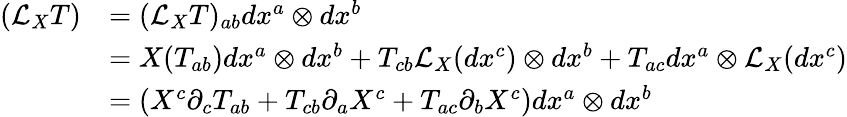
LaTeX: {\begin{array}{rl}{({\mathcal{L}}_{X}T)}&{=({\mathcal{L}}_{X}T)_{ab}dx^{a}\otimes dx^{b}}\\ &{=X(T_{ab})dx^{a}\otimes dx^{b}+T_{cb}{\mathcal{L}}_{X}(dx^{c})\otimes dx^{b}+T_{ac}dx^{a}\otimes{\mathcal{L}}_{X}(dx^{c})}\\ &{=(X^{c}\partial_{c}T_{ab}+T_{cb}\partial_{a}X^{c}+T_{ac}\partial_{b}X^{c})dx^{a}\otimes dx^{b}}\end{array}}